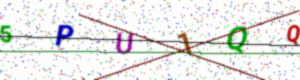
Text: 5PU1QQ